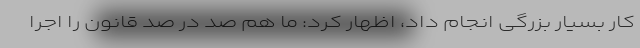
کار بسیار بزرگی انجام داد، اظهار کرد: ما هم صد در صد قانون را اجرا